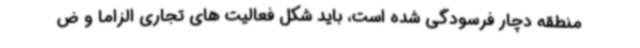
منطقه دچار فرسودگی شده است، باید شکل فعالیت های تجاری الزاماً و ض